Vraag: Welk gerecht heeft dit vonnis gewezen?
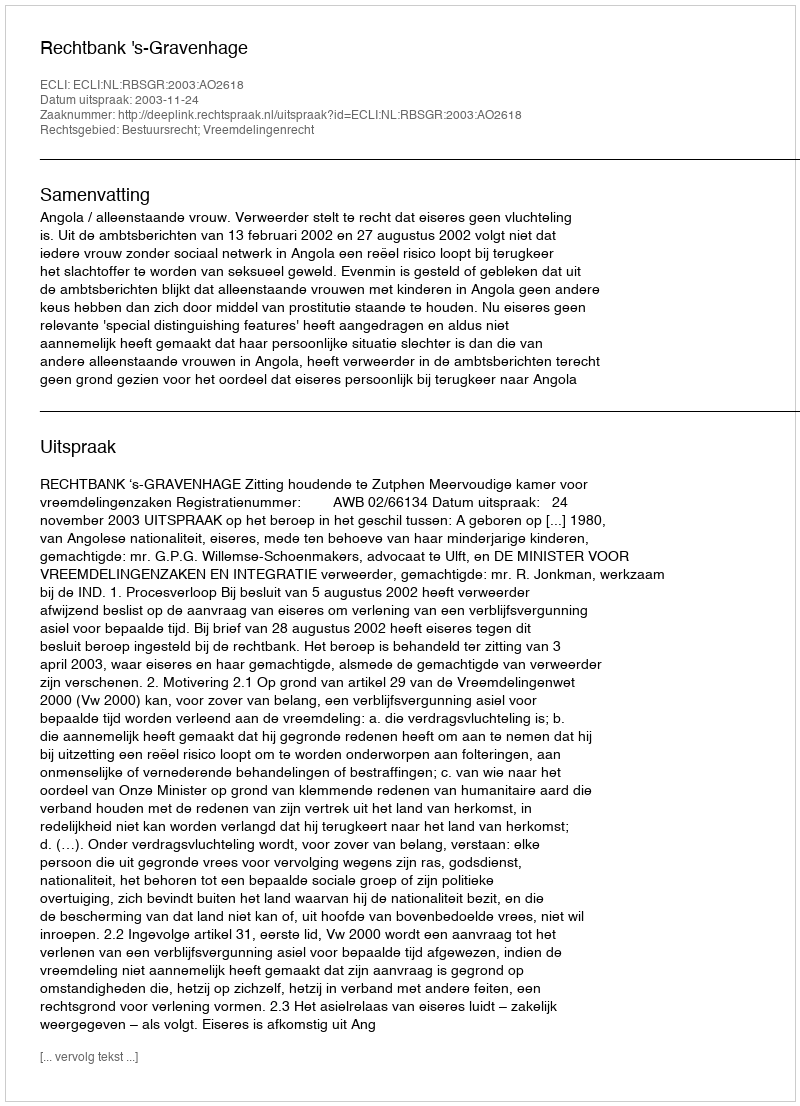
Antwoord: Rechtbank 's-Gravenhage